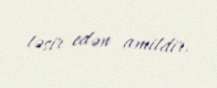
təsir edən amildir.